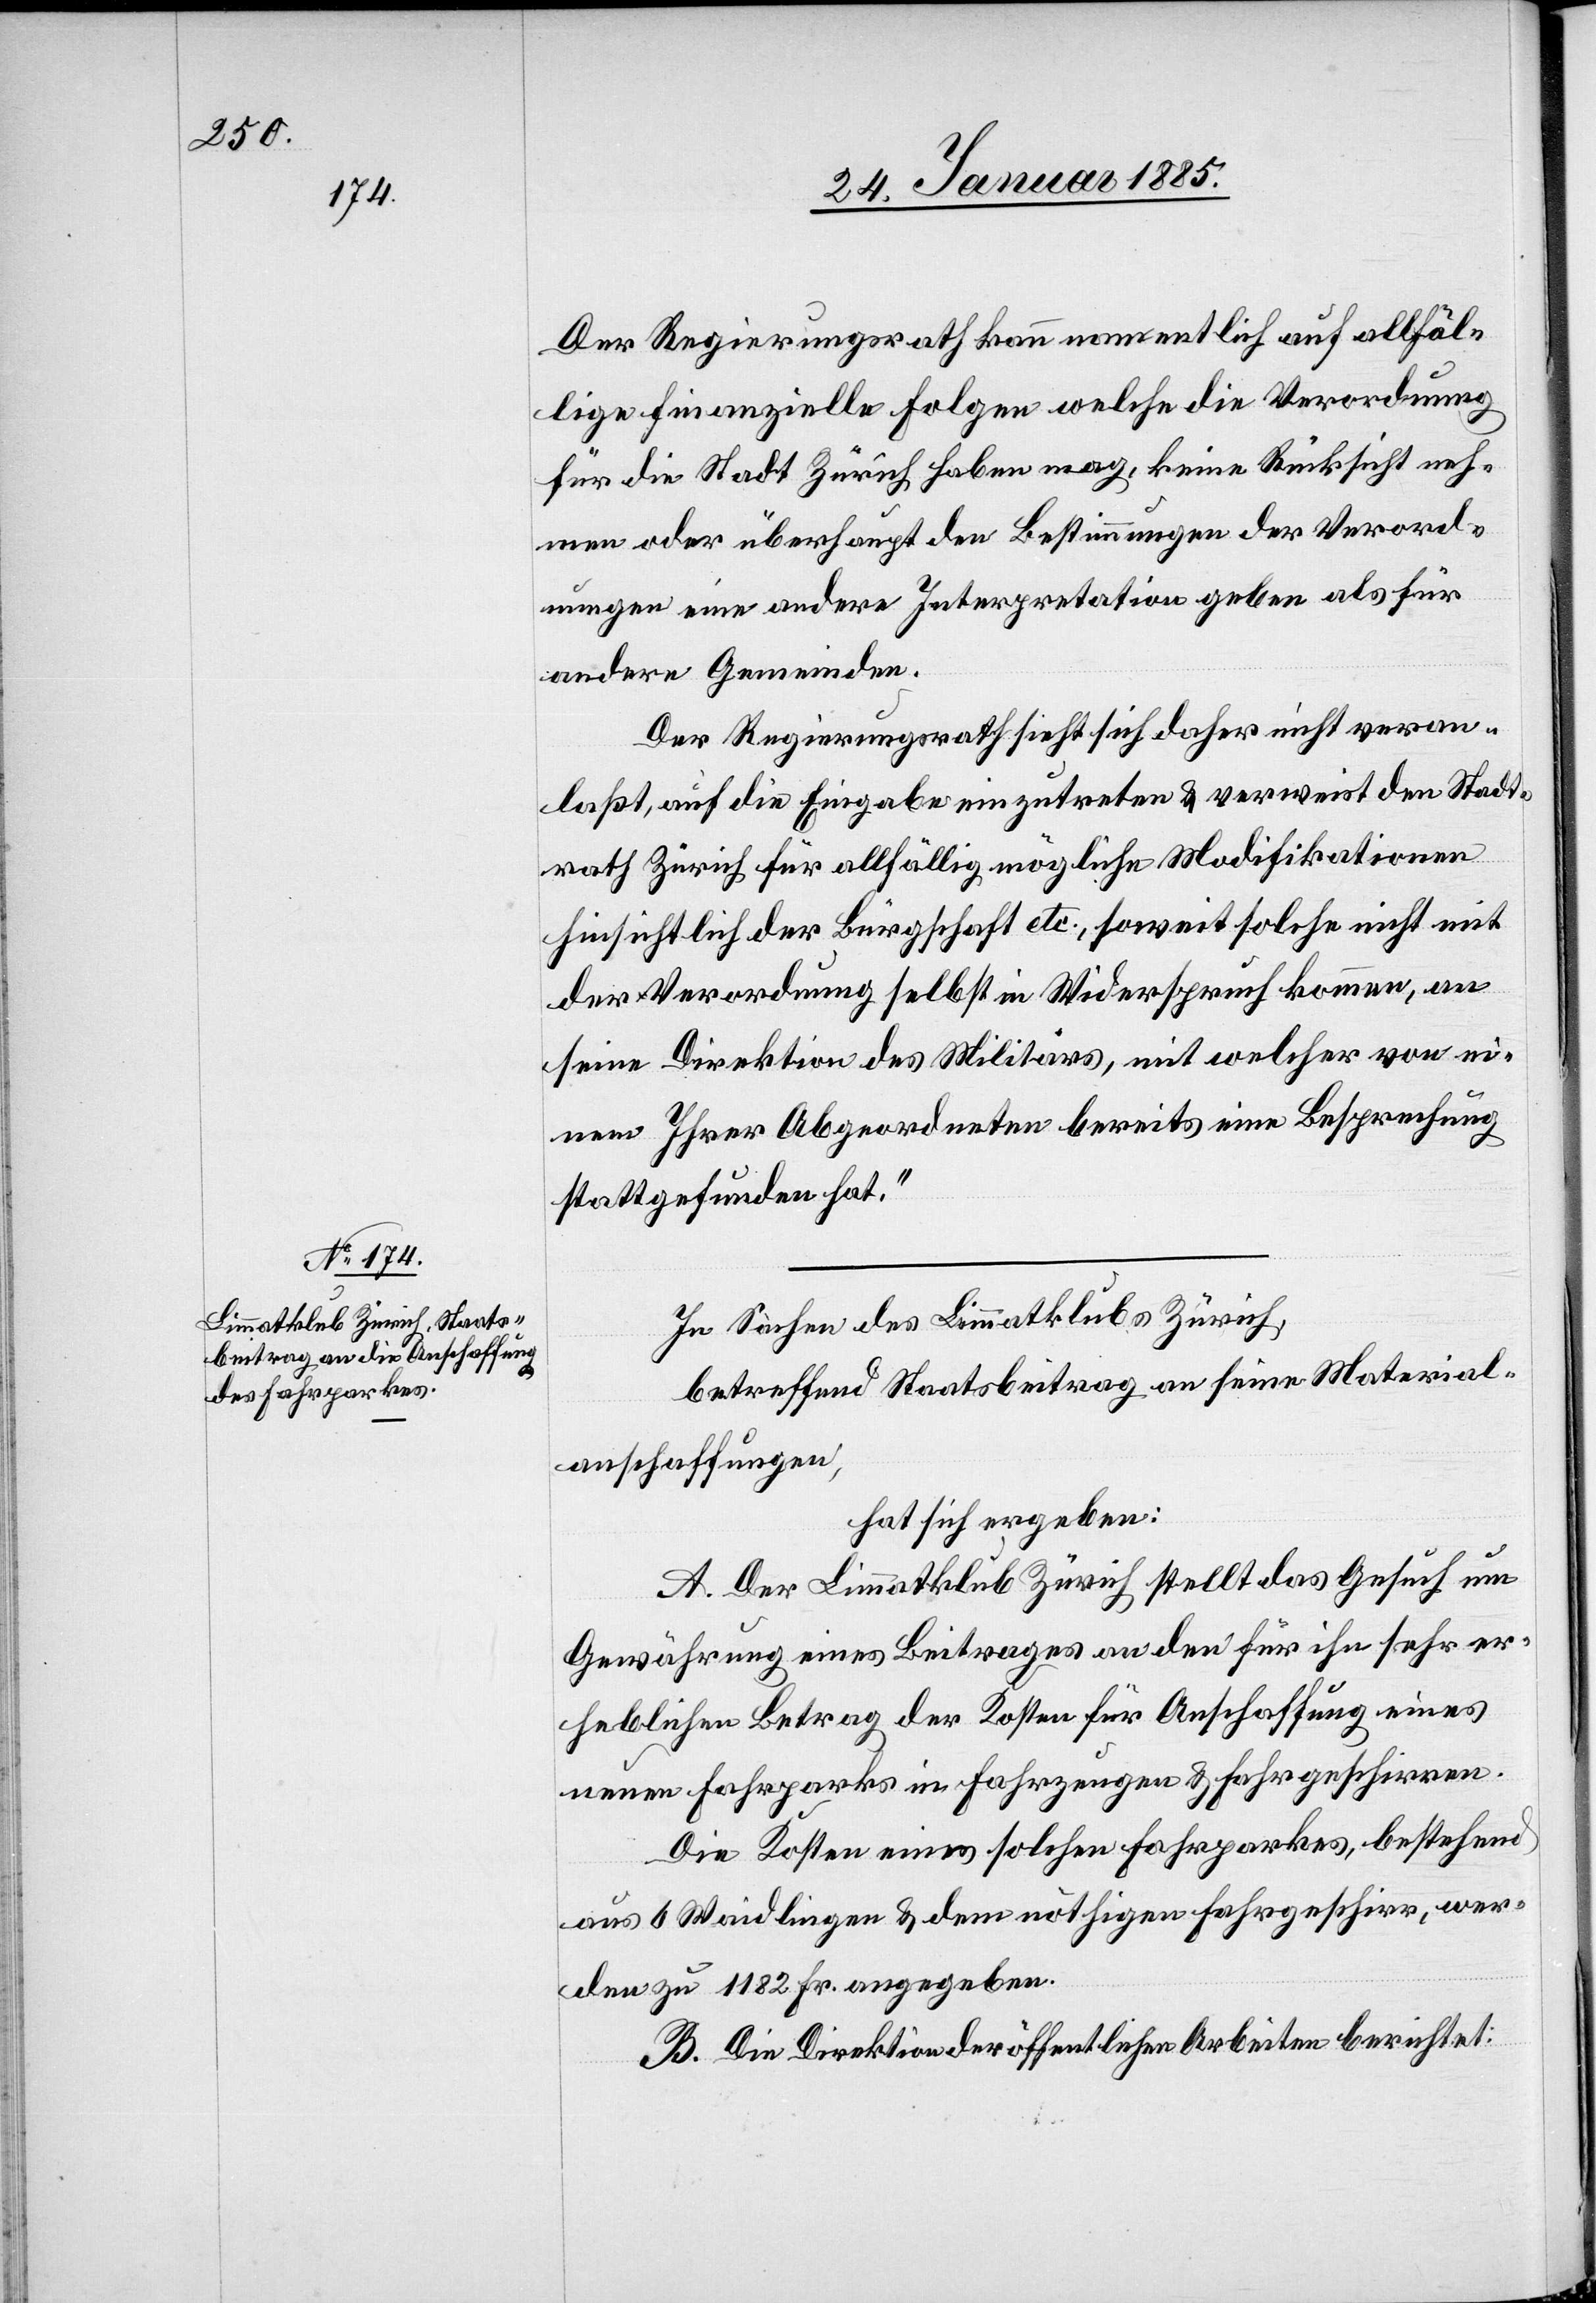
Der Regierungsrath kann namentlich auf allfäl¬
lige finanzielle Folgen welche die Verordnung
für die Stadt Zürich haben mag, keine Rücksicht neh¬
men oder überhaupt den Bestimmungen der Verord¬
nungen eine andere Interpretation geben als für
andere Gemeinden.
Der Regierungsrath sieht sich daher nicht veran¬
laßt, auf die Eingabe einzutreten & verweist den Stadt¬
rath Zürich für allfällig mögliche Modifikationen
hinsichtlich der Bürgschaft etc., soweit solche nicht mit
der Verordnung selbst in Widerspruch kommen, an
seine Direktion des Militärs, mit welcher von ei¬
nem Ihrer Abgeordneten bereits eine Besprechung
stattgefunden hat.“
In Sachen des Limmatklubs Zürich,
betreffend Staatsbeitrag an seine Material¬
anschaffungen,
hat sich ergeben:
A. Der Limmatklub Zürich stellt das Gesuch um
Gewährung eines Beitrages an den für ihn sehr er¬
heblichen Betrag der Kosten für Anschaffung eines
neuen Fahrparks in Fahrzeugen & Fahrgeschirren.
Die Kosten eines solchen Fahrparkes, bestehend
aus 6 Waidlingen & dem nöthigen Fahrgeschirr, wer¬
den zu 1182 Fr. angegeben.
B. Die Direktion der öffentlichen Arbeiten berichtet: